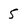
Character: 5